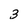
Character: 3